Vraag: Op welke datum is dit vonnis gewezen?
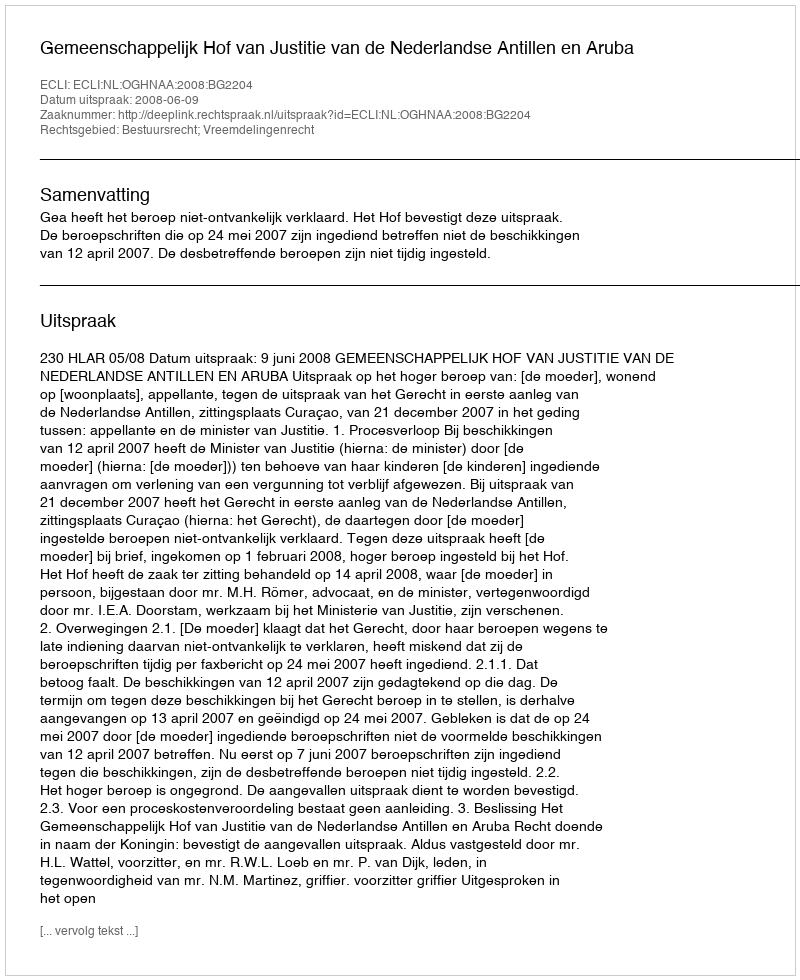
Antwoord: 2008-06-09